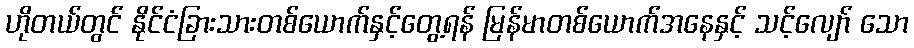
ဟိုတယ်တွင် နိုင်ငံခြားသားတစ်ယောက်နှင့်တွေ့ရန် မြန်မာတစ်ယောက်အနေနှင့် သင့်လျော် သော